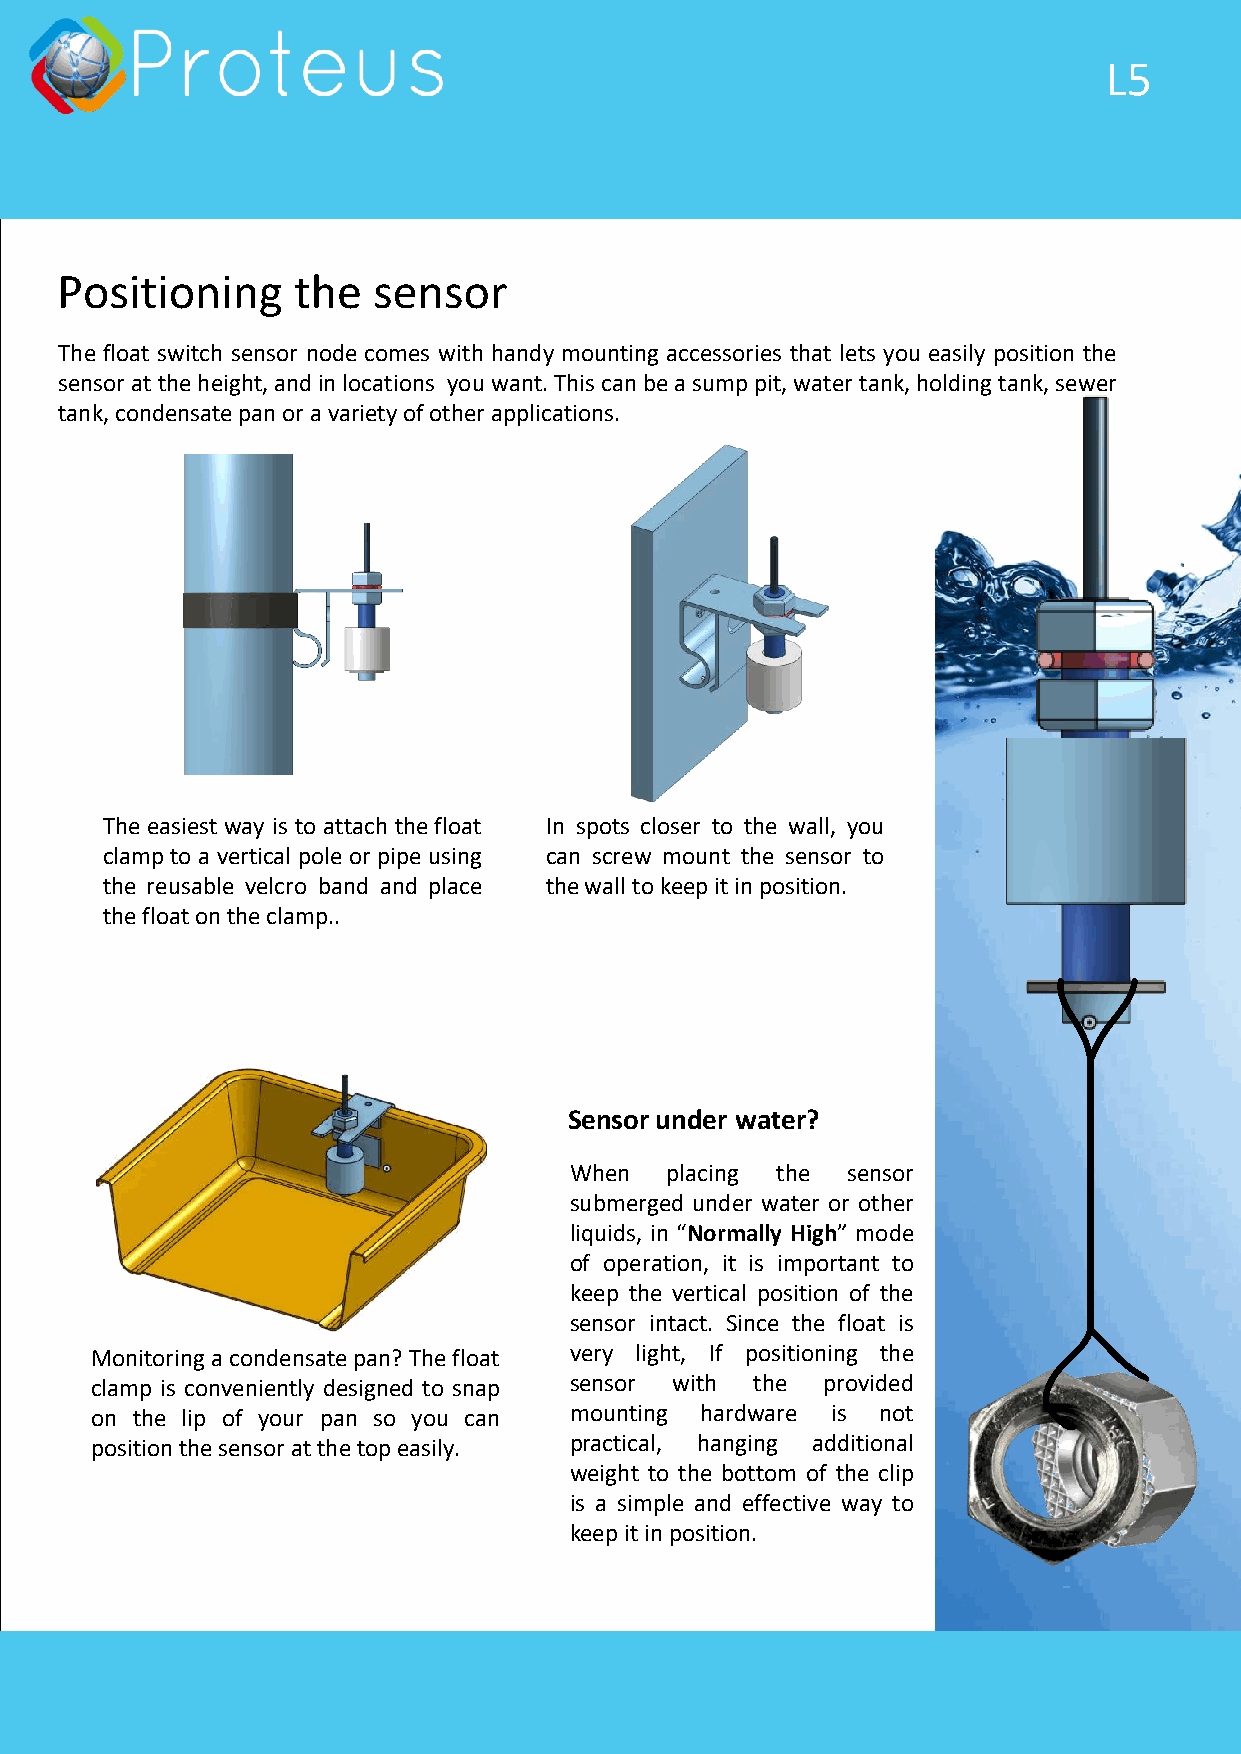
L5
 Positioning    the   sensor
 The float switch sensor node comes with handy mounting accessories that lets you easily position the
 sensor at the height, and in locations you want. This can be a sump pit, water tank, holding tank, sewer
 tank, condensate pan or a variety of other applications.
 The easiest way is to attach the float In spots closer to the wall, you
 clamp to a vertical pole or pipe using can screw mount the sensor to
 the reusable velcro band and place the wall to keep it in position.
 the float on the clamp..
 Sensor under water?
 When  placing the sensor
 submerged under water or other
 liquids, in “Normally High” mode
 of operation, it is important to
 keep the vertical position of the
 sensor intact. Since the float is
 Monitoring a condensate pan? The float very light, If positioning the
 clamp is conveniently designed to snap sensor with the provided
 on the lip of your pan so you can mounting hardware is not
 position the sensor at the top easily. practical, hanging additional
 weight to the bottom of the clip
 is a simple and effective way to
 keep it in position.